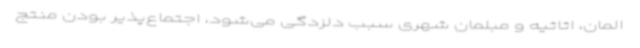
المان، اثاثیه و مبلمان شهری سبب دلزدگی می‌شود، اجتماع‌پذیر بودن منتج